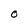
Character: O